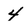
Character: 4